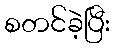
စတင်ခဲ့ပြီး